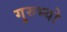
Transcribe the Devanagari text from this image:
गुरुभ्यो